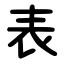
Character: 表